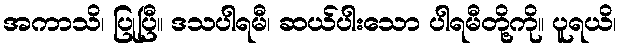
အကာသိ၊ ပြုပြီ။ ဒသပါရမီ၊ ဆယ်ပါးသော ပါရမီတို့ကို။ ပူရယိ၊